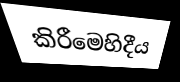
කිරීමෙහිදීය